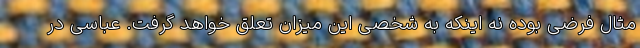
مثال فرضی بوده نه اینکه به شخصی این میزان تعلق خواهد گرفت. عباسی در